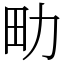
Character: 㽖